Report of the Hyderabad Chloroform Commission
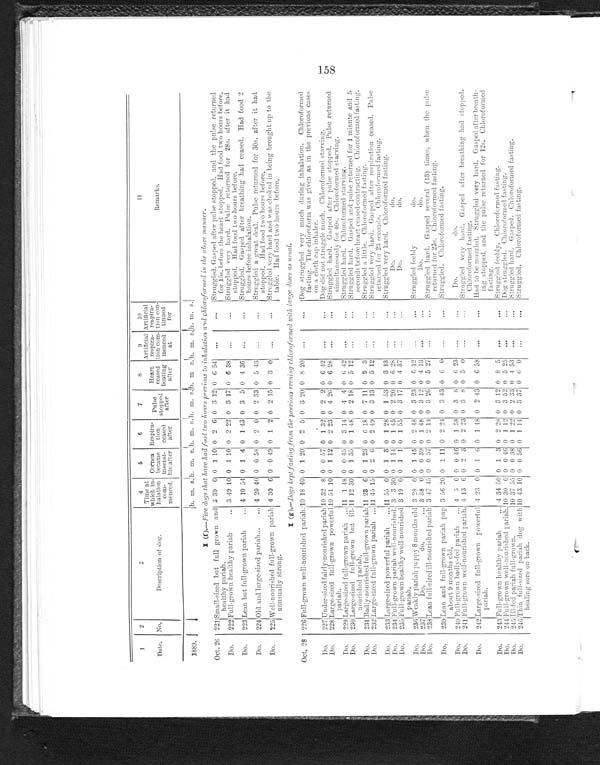
1
Date.
2
No.
3
Description of d o g .
4
Time at.
which in-
halation
com-
menced.
5
Cornea
became
insensi-
ble after
6
Respira-
tion
ceased
after
7
pulse
st o pped
after
8
Heart
ceased
beating
after
9
Artificial
respira-
tion com-
m e n c e d
at
10
Artificial
respira-
tion con-tinued
for
11
Remarks.
1889.
h. m. s. h. m. s.h. m. s.
h . m. s . h. m. s.
h. m. s.
h. m. s.
I (f).—fire dogs that hare had food two hours previous to inhalation and chloroformed in the above manner.
Oct. 26 221 Small-sized but full grown and
h e a l t h y p a r i a h .
3 39 0 0 1 10 0 2 6 0 3 12 0 6 54 ...
...
Struggled. Gasped after pulse stopped. and the pulse returned
for 15s. before the heart stopped. Had food two hours before.
Do.
222 Full-grown healthy pariah
... 3 49 10 0 1 10 0 2 22 0 3 17 0 6 38 ...
'Struggled very hard. Pulse returned for 28s. after it had
stopped. Had food two hours before.
Do.
223 Lean but full-grown pariah
... 4 10 54 0 1 4 0 1 43 0 3 5 0 4 36 ...
. . .
Struggled. Gasped after breathing had ceased. Had food 2
hours before inhalation.
Do.
224 Old and large-sized pariah...
... 4 20 40 0 0 58 0 2 0 0 2 33 0 5 43
...
...
Struggled a great deal. Pulse returned for 30s. after it had
stopped. Had food two hours before,
Do.
225 Well-nourished full-grown pariah
unusually strong.
4 30 6 0 0 49 0 1 2 0 2 15 0 3 0
...
...
Struggled very hard and was choked in being brought up to the
table. Had food two hours before,
I ( g ).—Dogs kept fasting from the previos is evening chloroformed with large doses as usal.
Oct. 28
2 2 6 Full-grown well-nourished pariah.
10 18 40 0 1 20 0 2 5 0 3 20 0 8 20
...
. . .
Dog struggled very much during inhalation. Chloroformed
fasting. The chloroform was given as in the previous cases
on a cloth cap inhaler.
Do.
227 Under-sized fairly-nourished pariah 10 32 8 0 0 57 0 1 32 0 2 2 0 6 42
...
...
Dog did not struggle much. Chloroformed starving.
Do.
228 Large-sized full-grown powerful
pariah.
10 51 10 0 1 12 0 2 23 0 4 26 0 6 28 ...
...
Struggled hard. Gasped after pulse stopped. Pulse returned
simultaneously for 40s. Chloroformed starving.
Do.
2 2 9 Large-sized full-grown pariah ... 11 1 48 0 0 45 0 3 14 0 4 4 0 6 42
. . .
...
Struggled hard. Chloroformed starving.
Do.
230 Large-sized full-grown but ill-
nourished pariah.
11 12 30 0 1 35 0 1 48 0 2 18 0 5 12
...
. . .
Struggled hard. Gasped and pulse returned for 1 minute and 5
seconds before heart ceased contracting. Chloroformed fasting.
Do.
231 Badly-nourished full-grown pariah 11 23 6 0 1 23 0 6 18 0 7 11 0 9 3
...
Struggled a little. Chloroformed fasting.
Do.
232 Large-sized full-grown pariah ... 11 45 15 0 2 6 0 2 49 0 3 13 0 5 12
...
...
Struggled very hard. Gasped after respiration ceased. Pulse
returned for 23 seconds. Chloroformed fasting.
Do.
233 Large-sized powerful pariah
... 11 55 0 0 1 3 0 1 28 0 1 53 0 3 13
...
. . .
Struggled very hard. Chloroformed fasting.
Do.
234 Full-grown pariah well-nourished. 3 3 30 0 1 14 0 1 45 0 2 20 0 6 28
...
...
Do.
do.
Do.
235 Full-grown healthy well-nourished
pariah.
3 19 0 0 1 1 0 1 55 0 3 17 0 4 37
...
. . .
Do.
do.
Do.
236 Weakly pariah puppy 8 mouths old 3 28 0 0 1 45 0 2 18 0 3 23 0 6 12
...
...
Struggled feebly
do.
Do.
237
Do.
do.
... 3 38 0 0 0 39 0 1 48 0 3 12 0 4 13
...
...
Do.
do.
Do.
238 Lean full-sized ill-nourished pariah 3 47 45 0 0 57 0 2 14 0 3 26 0 5 27
...
...
Struggled hard. Gasped several (13) times, when the pulse
returned for 23s. Chloroformed fasting.
Do.
2 3 9 Lean and full-grown pariah pup
about 9 months old.
3 56 20 0 1 11 0 2 24 0 3 43 0 6 0
. . .
. . .
Struggled. Chloroformed fasting.
Do.
240 Full-grown badly-fed pariah
... 4 5 0 0 0 46 0 1 58 0 3 8 0 6 23
..
...
Do. do.
Do.
241 Full-grown well-nourished pariah. 4 13 6 0 2 3 0 2 23 0 3 8 0 5 0
...
Struggled very hard. Gasped after breathing had stopped.
Chloroformed fasting.
Do.
242 Large-sized full-grown powerful
pariah.
4 23 0 0 1 6 0 1 48 0 2 43 0 6 58
...
. . .
Had to be muzzled. Struggled very hard. Gasped after breath-
ing stopped, and the pulse returned for 12s. Chloroformed
fasting.
Do.
2 4 3
Full-grown healthy pariah
... 4 34 50 0 1 3 0 2 28 0 3 12 0 8 5
...
. . .
Struggled feebly. Chloroformed fasting.
Do.
2 4 4
Full-grown well-nourished pariah. 10 30 0
0 0 46 0 1 12 0 3 52 0 5 25
...
. . .
Dog struggled. Chloroformed fasting.
Do.
2 4 5
Ill -fed pariah full-grown.
10 37 55 0 0 38 0 1 22 0 2 33 0 4 53
..
. . .
Struggled hard. Gasped. Chloroformed fasting.
Do.
2 4 6
thin
full-sized pariah dog with
healing sore on back.
10 43 10 0 0 56 0 1 14 0 3 37 0 6 0
. . .
. . .
Struggled. Chloroformed fasting.